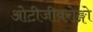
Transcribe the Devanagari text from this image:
ओटीजीवरोङ्गो